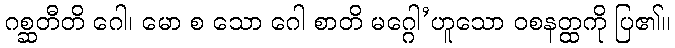
ဂစ္ဆတီတိ ဂေါ၊ မော စ သော ဂေါ စာတိ မဂ္ဂေါ’ဟူသော ဝစနတ္ထကို ပြ၏။